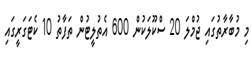
މި މުބާރާތުގައި ޖުމްލަ 20 ސްކޫލަކުން 600 އެތުލީޓުން ތަފާތު 10 ކެޓަގަރީގައި